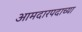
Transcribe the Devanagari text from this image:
आमदारपदाच्या